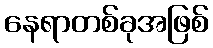
နေရာတစ်ခုအဖြစ်